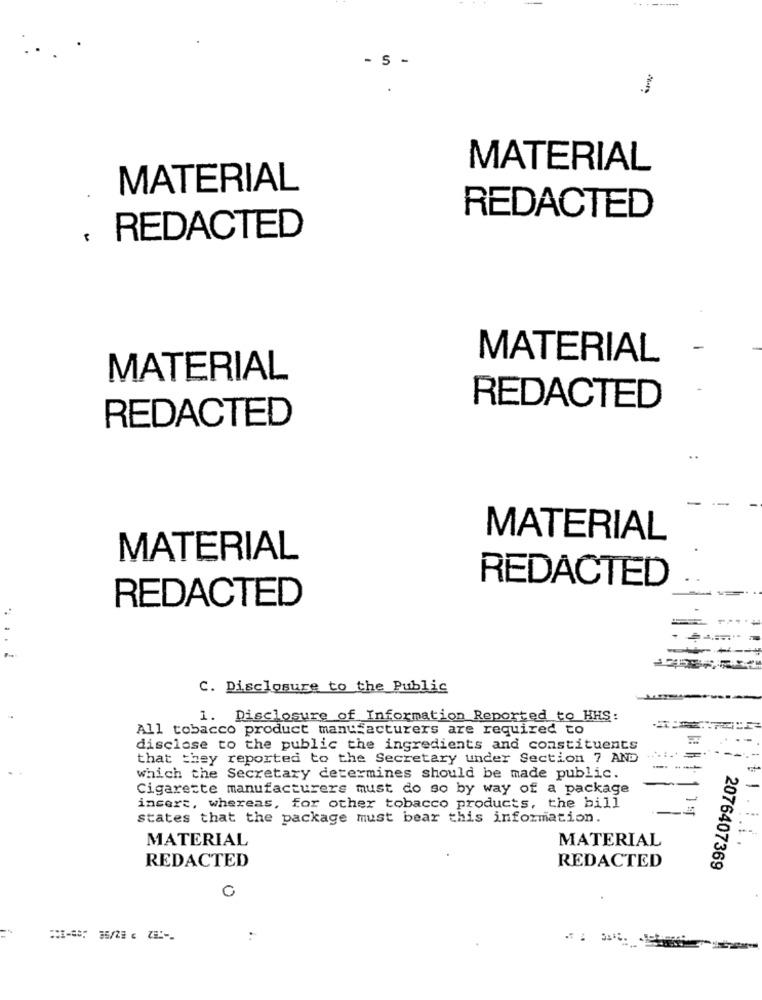
- S -
MATERIAL
MATERIAL
REDACTED
REDACTED
MATERIAL
MATERIAL
REDACTED
REDACTED
MATERIAL
MATERIAL
REDACTED
REDACTED
C. Disclosure to the Public
1. Disclosure of Information Reported to HHS:
All tobacco product manufacturers are required to
disclose to the public the ingredients and constituents
that they reported to the Secretary under Section 7 AND
which the Secretary determines should be made public.
Cigarette manufacturers must do so by way of a package
insert, whereas, for other tobacco products, the bill
States that the package must bear this information.
MATERIAL
MATERIAL
REDACTED
REDACTED
2076407369
0